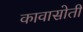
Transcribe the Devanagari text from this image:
कावासोती